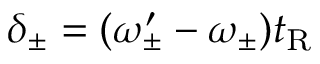
\delta _ { \pm } = ( \omega _ { \pm } ^ { \prime } - \omega _ { \pm } ) t _ { \mathrm { R } }